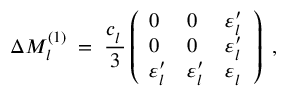
\Delta M _ { l } ^ { ( 1 ) } \; = \; \frac { c _ { l } ^ { ~ } } { 3 } \left( \begin{array} { l l l } { { 0 } } & { { 0 } } & { { \varepsilon _ { l } ^ { \prime } } } \\ { { 0 } } & { { 0 } } & { { \varepsilon _ { l } ^ { \prime } } } \\ { { \varepsilon _ { l } ^ { \prime } } } & { { \varepsilon _ { l } ^ { \prime } } } & { { \varepsilon _ { l } ^ { ~ } } } \end{array} \right) \; ,